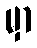
မှာ